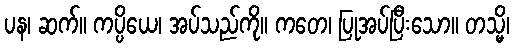
ပန၊ ဆက်။ ကပ္ပိယေ၊ အပ်သည်ကို။ ကတေ၊ ပြုအပ်ပြီးသော။ တသ္မိ၊